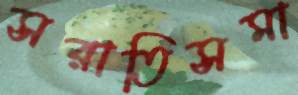
সরাতিসমা